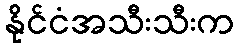
နိုင်ငံအသီးသီးက